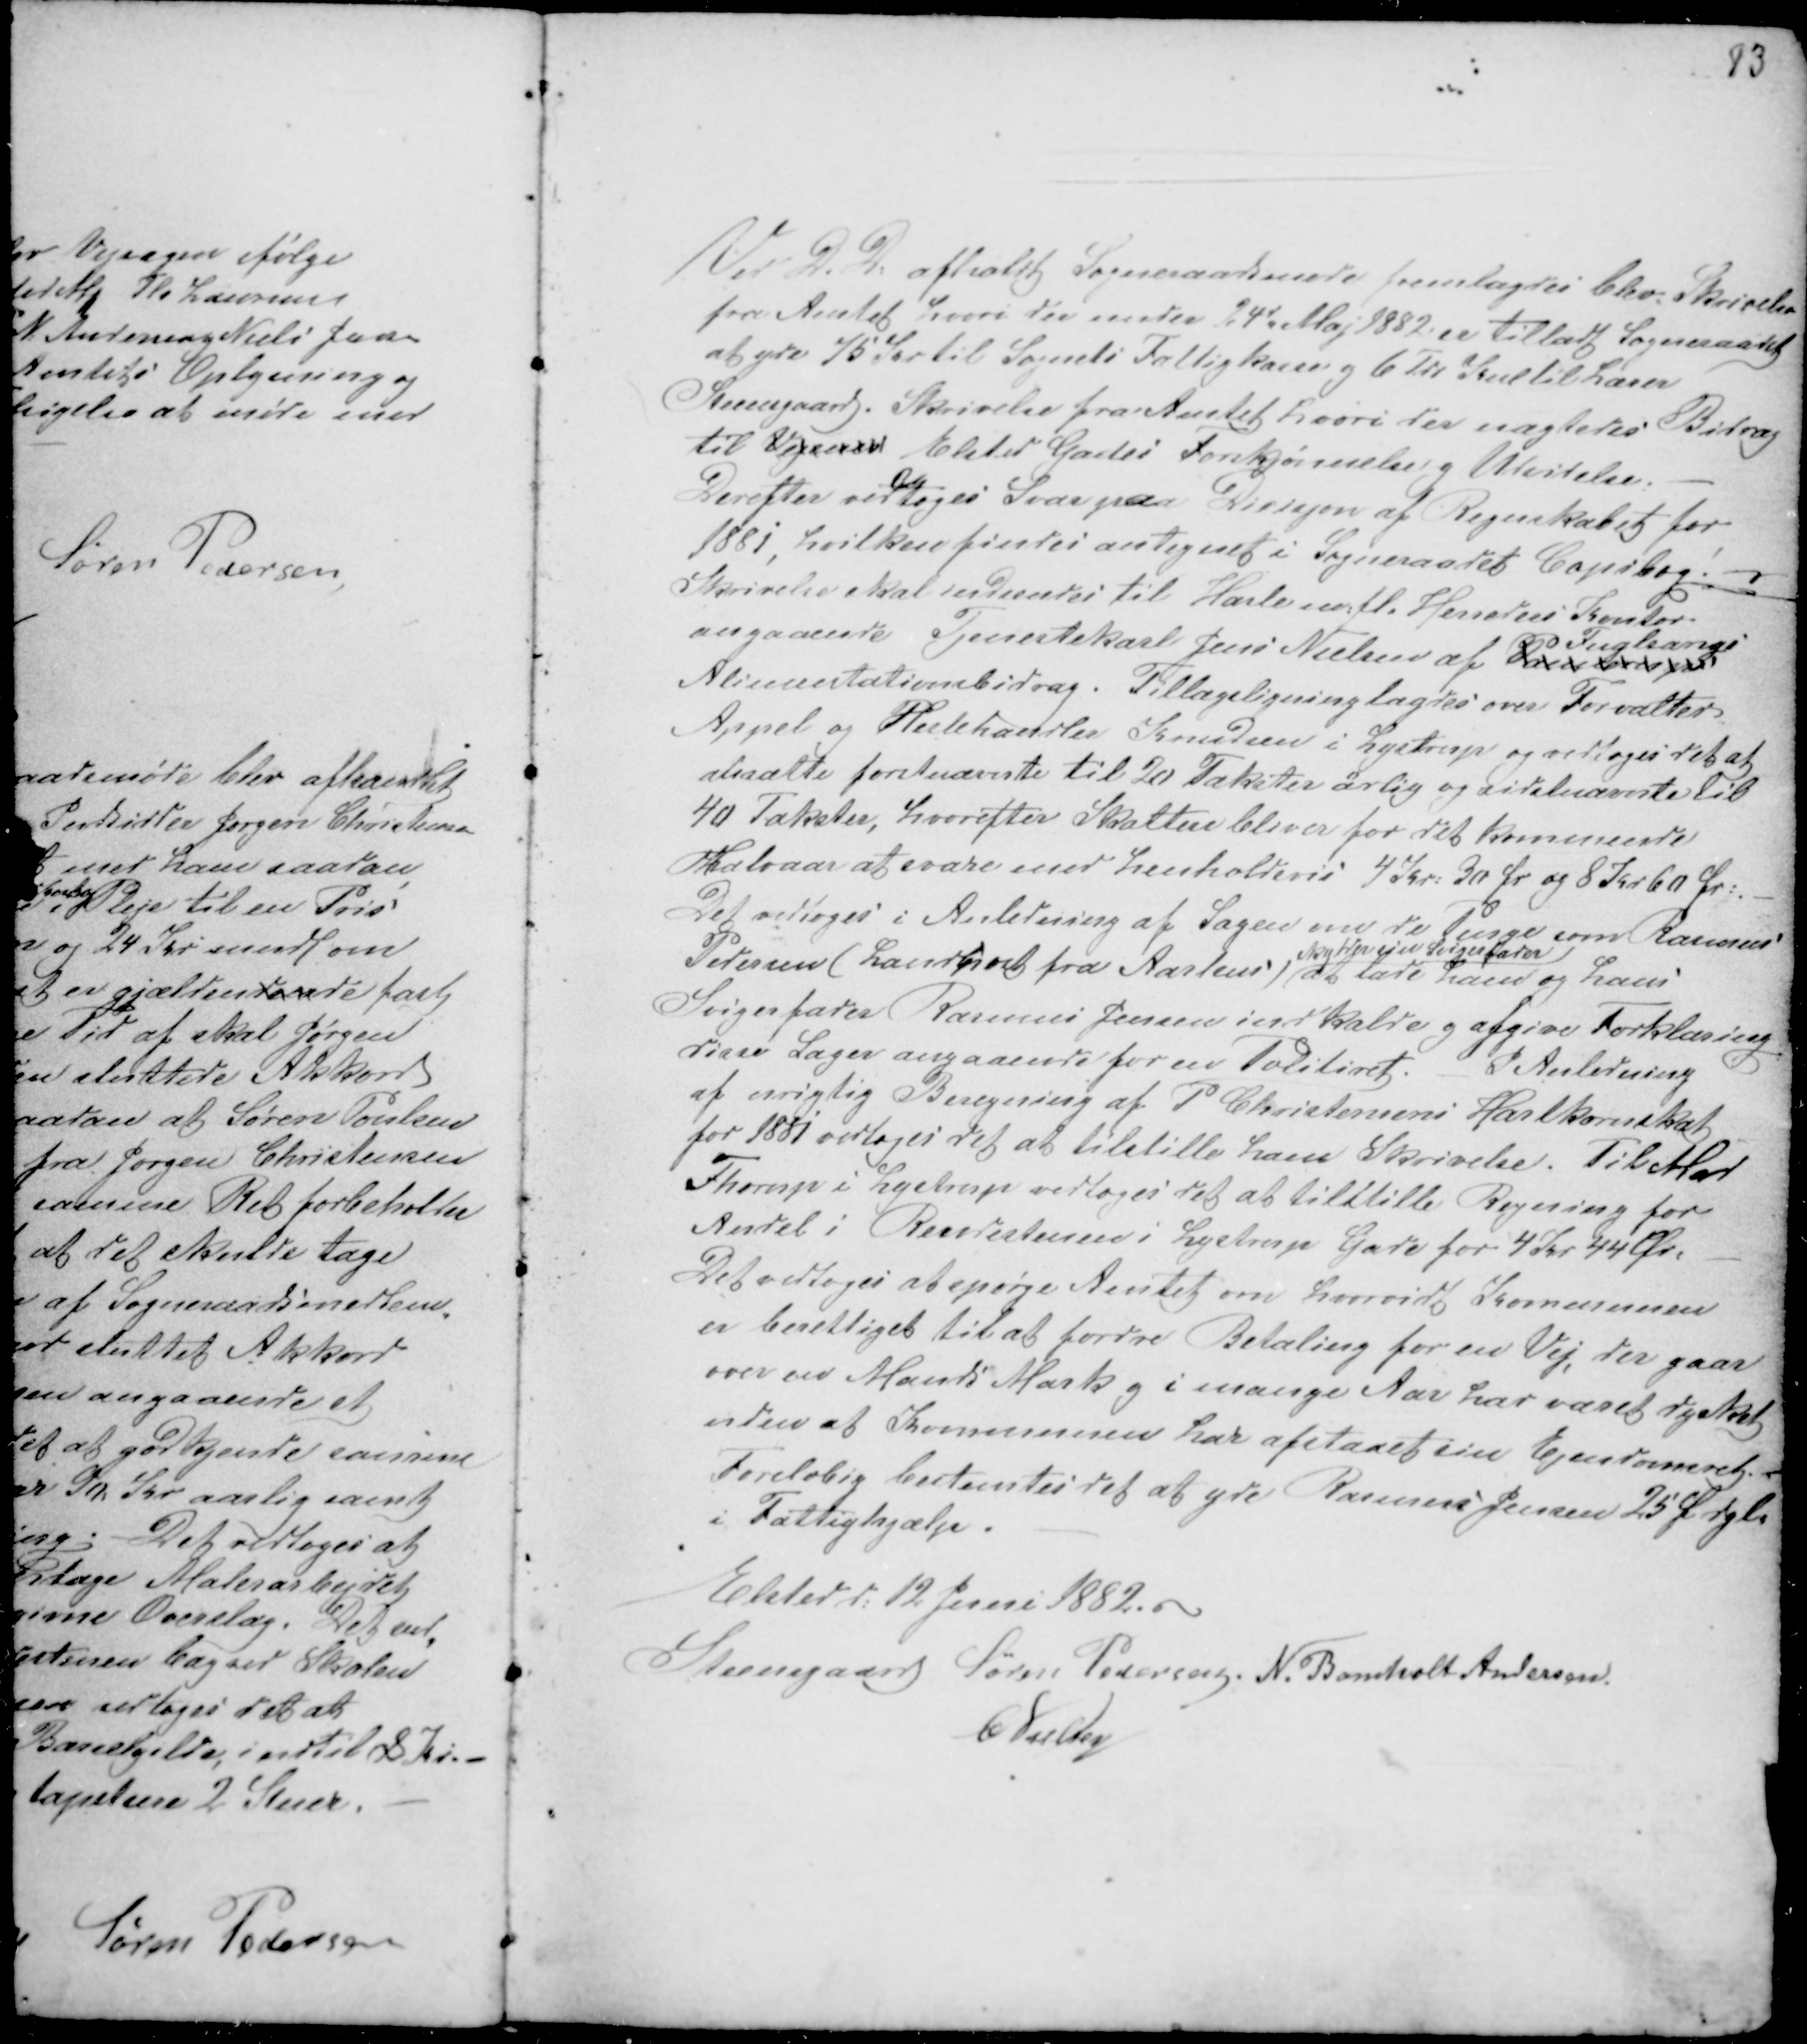
Transskription:
Ved D. D: afholdt Sogneraadsmøde fremlagdes blev Skrivelse
fra Amtet hvori der under 24 Maj 1882 er Tilladt Sogneraadet
at yde 75 Kr til Sognets Fattigkasse g 6 Tdr Kul til Lærer
Steensgaard. Skrivelse fra Amtet hvori der nægtedes Bidrag
til Vejenes Elsted Gades Forskjønnelse g Udvidelse.
Derefter vedtoges Svar paa Revisjon af Regnskabet for
1881, hvilken findes antegnet i Sogneraadets Copibog.
Skrivelse skal indsendes til Hasle m:fl. Herreders Kontor
angaaende Tjenestekarl Jens Nielsen af Pa........
Fuglsangs
Alimentationsbidrag. Tillægsligning lagdes over Forvalter
Appel og Hestehandler Konadsen i Lystrup og vedtoges det at
ansætte førstnævnte til 20 Takster årlig og sidstnævnte til
40 Takster, hvorefter Skatten bliver for det kommende
Halvaar at svare med henholdsvis 4 Kr: 30 Ør og 8 Kr 60 Ør: . -
Det vedtoges i Anledning af Sagen om de Penge som Rasmus
Pedersen ( Landpost fra Aarhus )
skylder sin Svigerfader
at lade ham og hans
Svigerfader Rasmus Jensen indkalde g afgive Forklaring
disse Sager angaaende for en Politiret. - I Anledning
af urigtig Beregning af P Christensens Hartkornskat
for 1881 vedtoges det at tilstille ham Skrivelse. Til Mar
Thorup i Lystrup vedtoges det at tilstille Regning for
Andel i Rendestenen i Lystrup Gade for 4 Kr 44 Øre -
Det vedtoges at spørge Amtet om hvorvidt Kommunen
er berettiget til at fordre Betaling for en Vej, der gaar
over en Mands Mark g i mange Aar har været dyrket
uden at Kommunen har afstaaet sin Ejendomret.
Foreløbig bestemtes det at yde Rasmus Jensen 25 Ø dgl
i Fattighjælp . -
Elsted d: 12 Juni 1882. -
Steensgaard Søren Pedersen. N. Bomholt Andersen.
C Nielsen